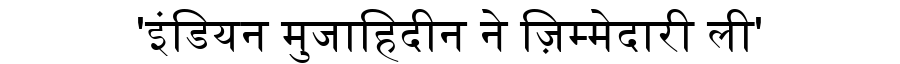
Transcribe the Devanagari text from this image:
'इंडियन मुजाहिदीन ने ज़िम्मेदारी ली'